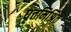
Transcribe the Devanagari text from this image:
घृतमिश्रित